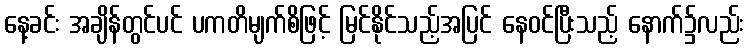
နေ့ခင်း အချိန်တွင်ပင် ပကတိမျက်စိဖြင့် မြင်နိုင်သည့်အပြင် နေဝင်ပြီးသည့် နောက်၌လည်း